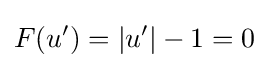
F(u')=|u'|-1=0